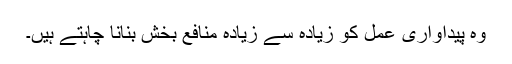
وہ پیداواری عمل کو زیادہ سے زیادہ منافع بخش بنانا چاہتے ہیں۔